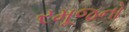
રમૂજનો